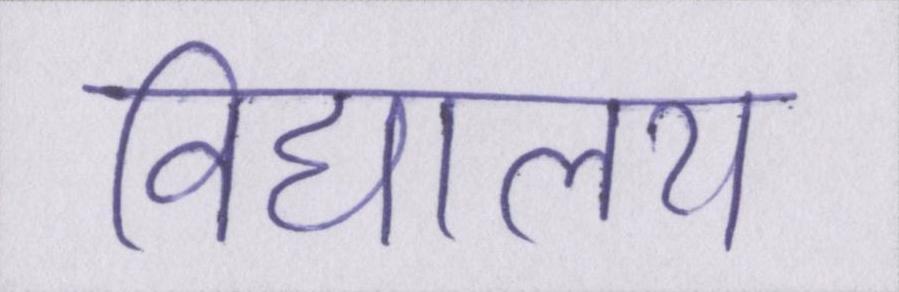
विद्यालय